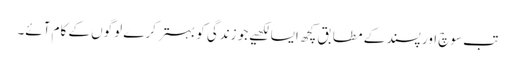
تب سوچ اور پسند کے مطابق کچھ ایسا لکھیے جو زندگی کو بہتر کرے لوگوں کے کام آئے۔